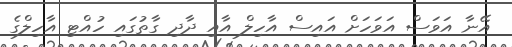
އޭނާ އަވަސް އަވަހަށް އައިސް އާހިލް އާއި ދާދި ގާތުގައި ހުއްޓި އާހިލްގެ